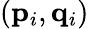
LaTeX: (\mathbf{{p}}_{i},\mathbf{{q}}_{i})